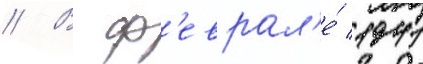
// В ф'еврал'е́ 1941